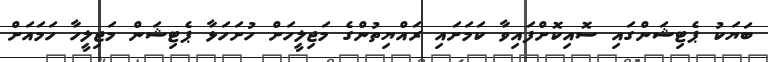
ބަޔަކު ޕެޓިޝަންގައި ސޮއިކޮށްފައިވާ ކަމަށައި ރައްޔިތުންގެ މަޖިލީހަށް ހުށަހަޅާ ޕެޓިޝަން މަޖިލީހާ ހަމައަށް